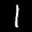
Label: 1